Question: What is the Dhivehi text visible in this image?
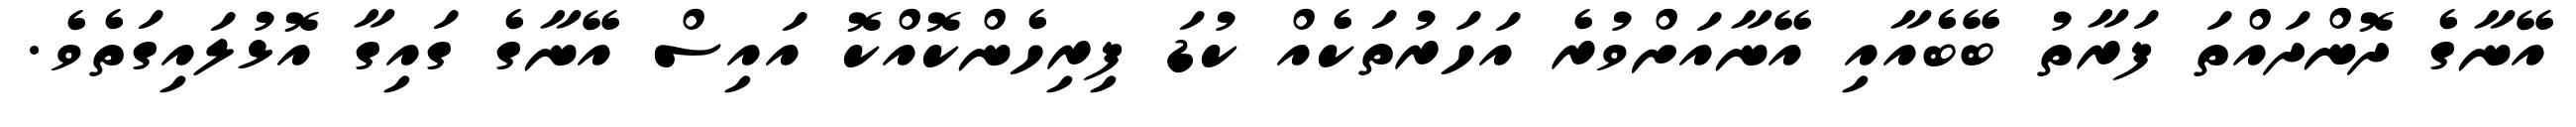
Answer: އޭނާގެ ދޮންދައްތަ ފަރާތު ބޭބެއާއި އޭނާއަށްވުރެ އަހަރުތަކެއް ކުޑަ ފިރިހެންކޮއްކޮ އައިސް އޭނާގެ ގައިގާ އޮޅުލައިގަތެވެ.